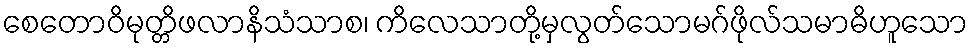
စေတောဝိမုတ္တိဖလာနိသံသာစ၊ ကိလေသာတို့မှလွတ်သောမဂ်ဖိုလ်သမာဓိဟူသော